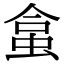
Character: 𧊧